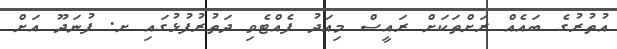
އުތުރުގެ ބައެއް ރަށްތަކަށް ރައީސް މިއަދު ފެއްޓެވި ދަތުރުފުޅުގައި ށ. ފުނަދޫ އަށް